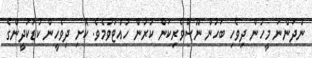
ނުދަންނަ މީހުން ދިވެހި ބަހުން ނޫސްވެރިކަން ކުރުން ހުއްޓުވުމެވެ. ކޮށި ދިވެހީން ކުޑަކުދީންގެ